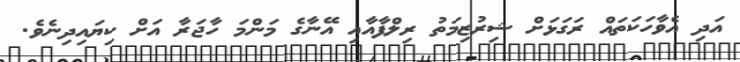
އަދި އެވާހަކަތައް ރަގަޅަށް ޝިރުޒިމަތު ރިލްފާއާއި އޭނާގެ މަންމަ ހާޖަރާ އަށް ކިޔައިދިނެވެ.